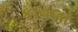
કાવલા